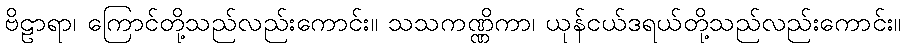
ဗိဠာရာ၊ ကြောင်တို့သည်လည်းကောင်း။ သသကဏ္ဏိကာ၊ ယုန်ငယ်ဒရယ်တို့သည်လည်းကောင်း။